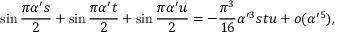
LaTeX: \sin { \frac { \pi \alpha ^ { \prime } s } { 2 } } + \sin { \frac { \pi \alpha ^ { \prime } t } { 2 } } + \sin { \frac { \pi \alpha ^ { \prime } u } { 2 } } = - { \frac { \pi ^ { 3 } } { 1 6 } } \alpha ^ { \prime 3 } s t u + o ( \alpha ^ { \prime 5 } ) ,